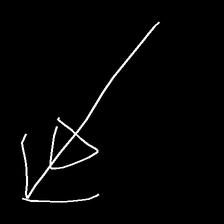
Glyph: pull